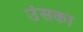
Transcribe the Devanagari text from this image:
उंसका